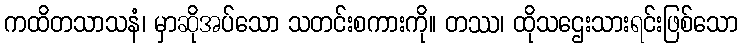
ကထိတသာသနံ၊ မှာဆိုအပ်သော သတင်းစကားကို။ တဿ၊ ထိုသဌေးသားရင်းဖြစ်သော